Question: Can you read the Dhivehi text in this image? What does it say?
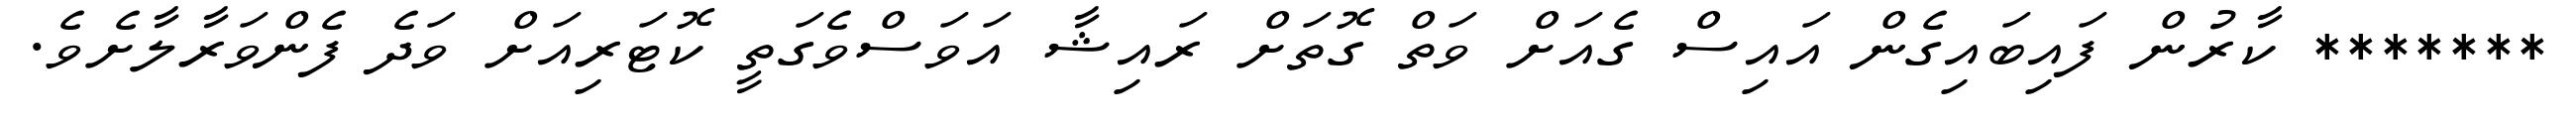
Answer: ******* ކާރުން ފައިބައިގެން އައިސް ގެއަށް ވަތް ގޮތަށް ރައިޝާ އަވަސްވެގަތީ ކޮޓަރިއަށް ވަދެ ފެންވަރާލާށެވެ.